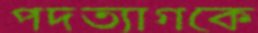
পদত্যাগকে